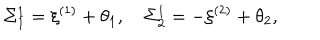
\Sigma _ { 1 } ^ { 1 } = \xi ^ { ( 1 ) } + \theta _ { 1 } , \quad \Sigma _ { 2 } ^ { 1 } = - \xi ^ { ( 2 ) } + \theta _ { 2 } ,